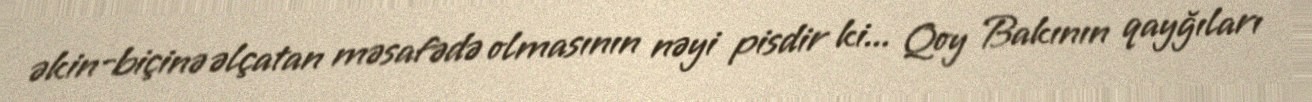
əkin-biçinə əlçatan məsafədə olmasının nəyi pisdir ki... Qoy Bakının qayğıları